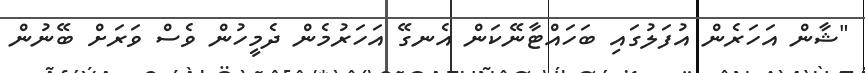
"ޝާން އަހަރެން އުފަލުގައި ބަހައްޓާނޭކަން އެނގޭ އަހަރުމެން ދެމީހުން ވެސް ވަރަށް ބޭނުން